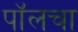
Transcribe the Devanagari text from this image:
पॉलचा